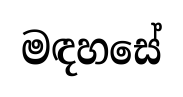
මඳහසේ